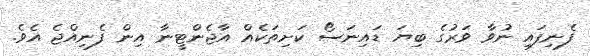
ފެނިފައި ނުވާ ވަރުގެ ބިޔަ ޑައިނަސޯ ކަށިތަކެއް އާޖެންޓީނާ އިން ފެނިއްޖެ އެވެ.